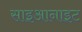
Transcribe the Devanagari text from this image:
साइआनाइट